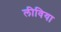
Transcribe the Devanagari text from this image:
लीविया